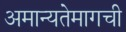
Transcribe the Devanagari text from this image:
अमान्यतेमागची